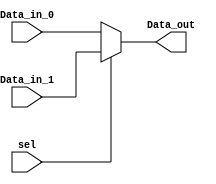
module mux(Data_in_0, Data_in_1, sel, Data_out);

	input [31:0] Data_in_0;
	input [31:0] Data_in_1;
	input sel;
	output reg [31:0] Data_out;

	always @(Data_in_0,Data_in_1,sel)
	begin
		if(sel == 1'b0) 
			Data_out = Data_in_0;
		else
			Data_out = Data_in_1;
	end
endmodule